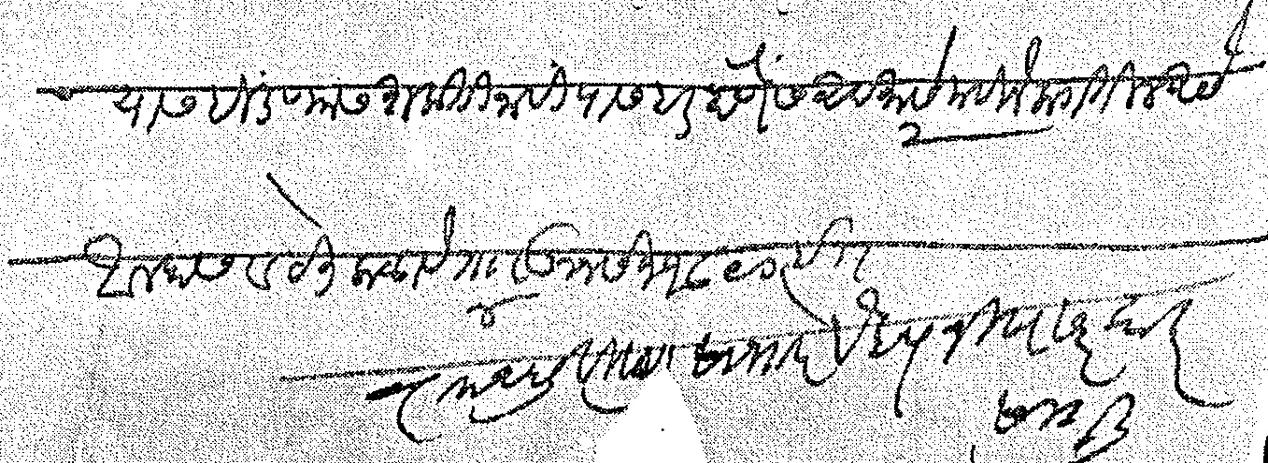
Transliteration (Devanagari): आहे यास हिंडण्यास शक्ती नाही यास बर होणेस अदमासे २ महिने लागतील असे आम्हास वाटते कळावे ता ४ जून सन १८९० इ रामचंद्र विष्णु साभारे वैद्य नि सरकार सांगली